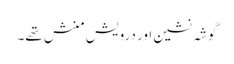
گوشہ نشین اور درویش منش تھے۔